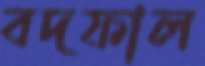
বদফাল